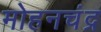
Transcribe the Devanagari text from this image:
मोहनचंद्र